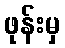
ဖုန်းမှ